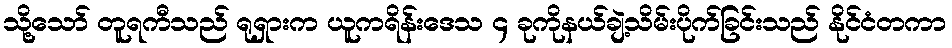
သို့သော် တူရကီသည် ရုရှားက ယူကရိန်းဒေသ ၄ ခုကိုနယ်ချဲ့သိမ်းပိုက်ခြင်းသည် နိုင်ငံတကာ